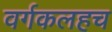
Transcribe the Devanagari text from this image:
वर्गकलहच